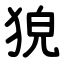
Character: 㹸